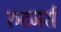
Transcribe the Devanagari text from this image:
रुटजर्स